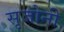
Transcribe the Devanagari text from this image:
सृजोनी